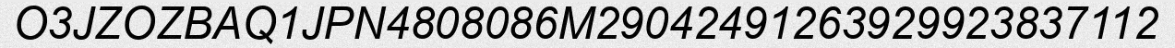
O3JZOZBAQ1JPN4808086M29042491263929923837112